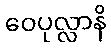
ဝေပုလ္လာနိ